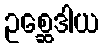
ဥစ္ဆေဒါယ